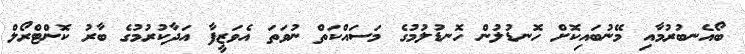
ބޯއެނބުރުމާއި މޭނުބައިކޮށް ހޮނޑުލުން ހޮނޑުލުމުގެ މަސައްކަތް ނުވަތަ އެވަޒީފާ އަދާކުރުމުގެ ބާރު ކޮންޓްރޯލް